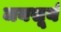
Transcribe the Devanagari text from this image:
जयसूर्य